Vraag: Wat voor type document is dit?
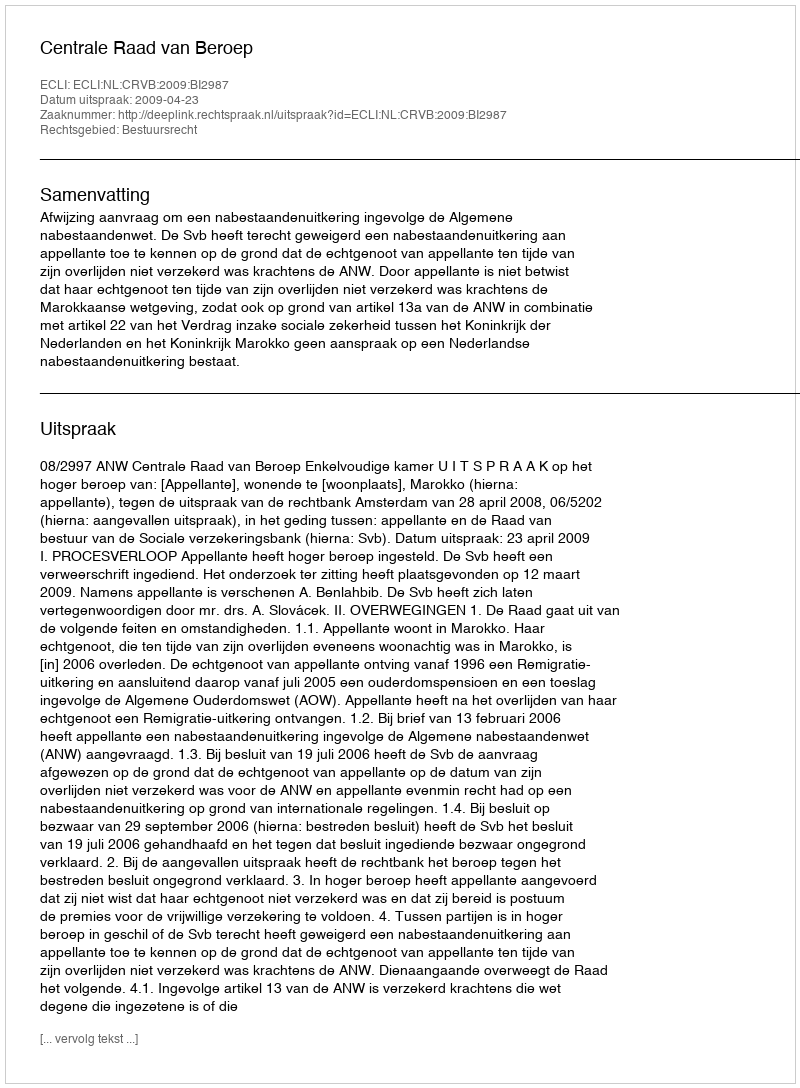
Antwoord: Uitspraak